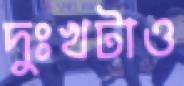
দুঃখটাও